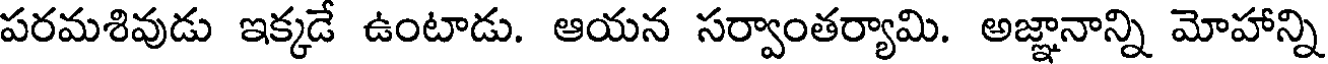
పరమశివుడు ఇక్కడే ఉంటాడు. ఆయన సర్వాంతర్యామి. అజ్ఞానాన్ని మోహాన్ని